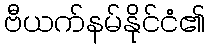
ဗီယက်နမ်နိုင်ငံ၏